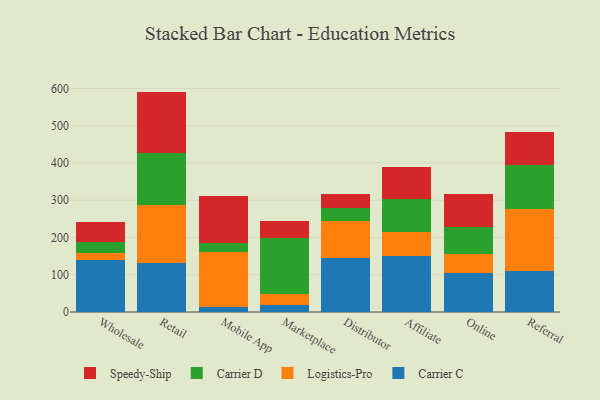
{"axis": {"x": "Channel", "y": "Shipments"}, "legend": ["Carrier C", "Carrier D", "Logistics-Pro", "Speedy-Ship"], "data": [{"x": "Wholesale", "y": 139.5, "type": "Carrier C"}, {"x": "Wholesale", "y": 19.6, "type": "Logistics-Pro"}, {"x": "Wholesale", "y": 29.9, "type": "Carrier D"}, {"x": "Wholesale", "y": 52.2, "type": "Speedy-Ship"}, {"x": "Retail", "y": 131.3, "type": "Carrier C"}, {"x": "Retail", "y": 155.9, "type": "Logistics-Pro"}, {"x": "Retail", "y": 140.2, "type": "Carrier D"}, {"x": "Retail", "y": 164.3, "type": "Speedy-Ship"}, {"x": "Mobile App", "y": 13.4, "type": "Carrier C"}, {"x": "Mobile App", "y": 147.0, "type": "Logistics-Pro"}, {"x": "Mobile App", "y": 25.8, "type": "Carrier D"}, {"x": "Mobile App", "y": 125.4, "type": "Speedy-Ship"}, {"x": "Marketplace", "y": 17.9, "type": "Carrier C"}, {"x": "Marketplace", "y": 31.2, "type": "Logistics-Pro"}, {"x": "Marketplace", "y": 149.4, "type": "Carrier D"}, {"x": "Marketplace", "y": 46.3, "type": "Speedy-Ship"}, {"x": "Distributor", "y": 145.3, "type": "Carrier C"}, {"x": "Distributor", "y": 98.5, "type": "Logistics-Pro"}, {"x": "Distributor", "y": 36.0, "type": "Carrier D"}, {"x": "Distributor", "y": 38.3, "type": "Speedy-Ship"}, {"x": "Affiliate", "y": 149.6, "type": "Carrier C"}, {"x": "Affiliate", "y": 63.9, "type": "Logistics-Pro"}, {"x": "Affiliate", "y": 90.3, "type": "Carrier D"}, {"x": "Affiliate", "y": 86.5, "type": "Speedy-Ship"}, {"x": "Online", "y": 104.3, "type": "Carrier C"}, {"x": "Online", "y": 52.2, "type": "Logistics-Pro"}, {"x": "Online", "y": 71.8, "type": "Carrier D"}, {"x": "Online", "y": 89.6, "type": "Speedy-Ship"}, {"x": "Referral", "y": 110.0, "type": "Carrier C"}, {"x": "Referral", "y": 165.3, "type": "Logistics-Pro"}, {"x": "Referral", "y": 120.4, "type": "Carrier D"}, {"x": "Referral", "y": 86.7, "type": "Speedy-Ship"}]}